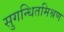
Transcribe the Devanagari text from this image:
सुगन्धितमिश्रण